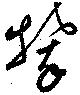
攀